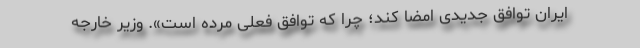
ایران توافق جدیدی امضا کند؛ چرا که توافق فعلی مرده است». وزیر خارجه